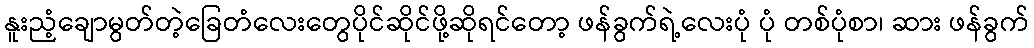
နူးညံ့ချောမွတ်တဲ့ခြေတံလေးတွေပိုင်ဆိုင်ဖို့ဆိုရင်တော့ ဖန်ခွက်ရဲ့လေးပုံ ပုံ တစ်ပုံစာ၊ ဆား ဖန်ခွက်